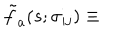
{ \tilde { f } } _ { a } ( s ; \sigma _ { i j } ) \equiv